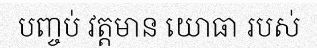
បញ្ចប់ វត្តមាន យោធា របស់